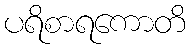
ပရိစာရကောတိ